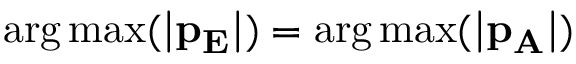
\mathrm { a r g \, m a x } ( \mathbf { | p _ { E } | } ) = \mathrm { a r g \, m a x } ( \mathbf { | p _ { A } | } )